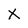
Character: x